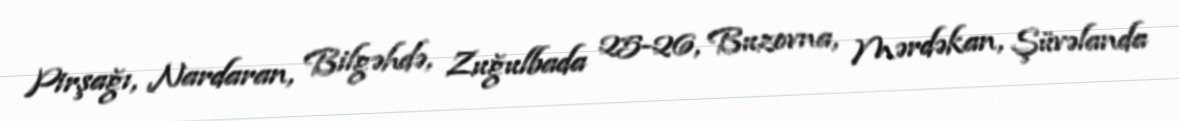
Pirşağı, Nardaran, Bilgəhdə, Zuğulbada 25-26, Buzovna, Mərdəkan, Şüvəlanda